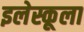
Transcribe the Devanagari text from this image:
इलेस्कूला